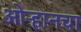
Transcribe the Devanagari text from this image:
ओऱ्हानचा